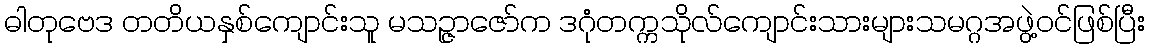
ဓါတုဗေဒ တတိယနှစ်ကျောင်းသူ မသဉ္ဇာဇော်က ဒဂုံတက္ကသိုလ်ကျောင်းသားများသမဂ္ဂအဖွဲ့ဝင်ဖြစ်ပြီး